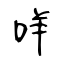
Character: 咩